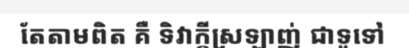
តែតាមពិត គឺ ទិវាក្តីស្រឡាញ់ ជាទូទៅ